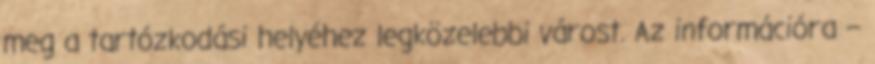
meg a tartózkodási helyéhez legközelebbi várost. Az információra –